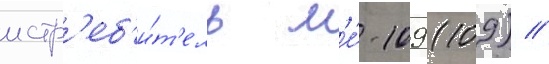
истр'еб'и́т'ель м'е́-109 (109) //